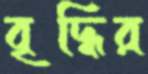
বৃদ্ধির